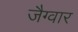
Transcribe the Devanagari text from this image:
जैग्वार